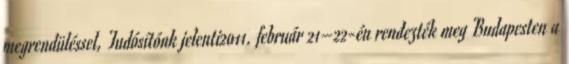
megrendüléssel, Tudósítónk jelenti2011. február 21–22-én rendezték meg Budapesten a